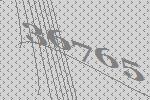
36765